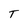
Character: T